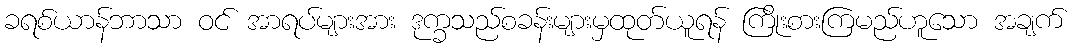
ခရစ်ယာန်ဘာသာ ဝင် အာရပ်များအား ဒုက္ခသည်စခန်းများမှထုတ်ယူရန် ကြိုးစားကြမည်ဟူသော အချက်